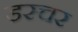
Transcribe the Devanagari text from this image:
डस्चर